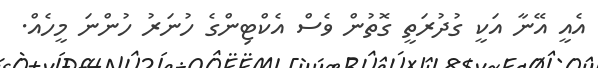
އެއީ އޭނާ އަކީ ގުދުރަތީ ގޮތުން ވެސް އެކްޓިންގެ ހުނަރު ހުންނަ މީހެއް.